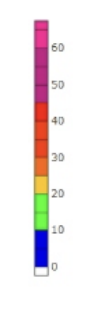
Blue: 0 to 10
Green: 10 to 20
Yellow: 20 to 25
Orange: 25 to 30
Dark Orange: 30 to 35
Red: 35 to 45
Magenta: 45 to 60
Pink: 60 to 68